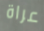
عراة